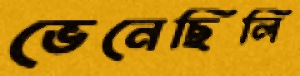
ভেনেছিলি